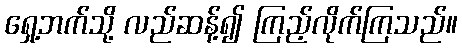
ရှေ့ဘက်သို့ လည်ဆန့်၍ ကြည့်လိုက်ကြသည်။